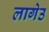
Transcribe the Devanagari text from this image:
लागेउ